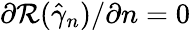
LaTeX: \partial\mathcal{R}(\hat{\gamma}_{n})/\partial n=0